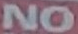
NO